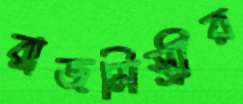
রাজমিস্ত্রীর